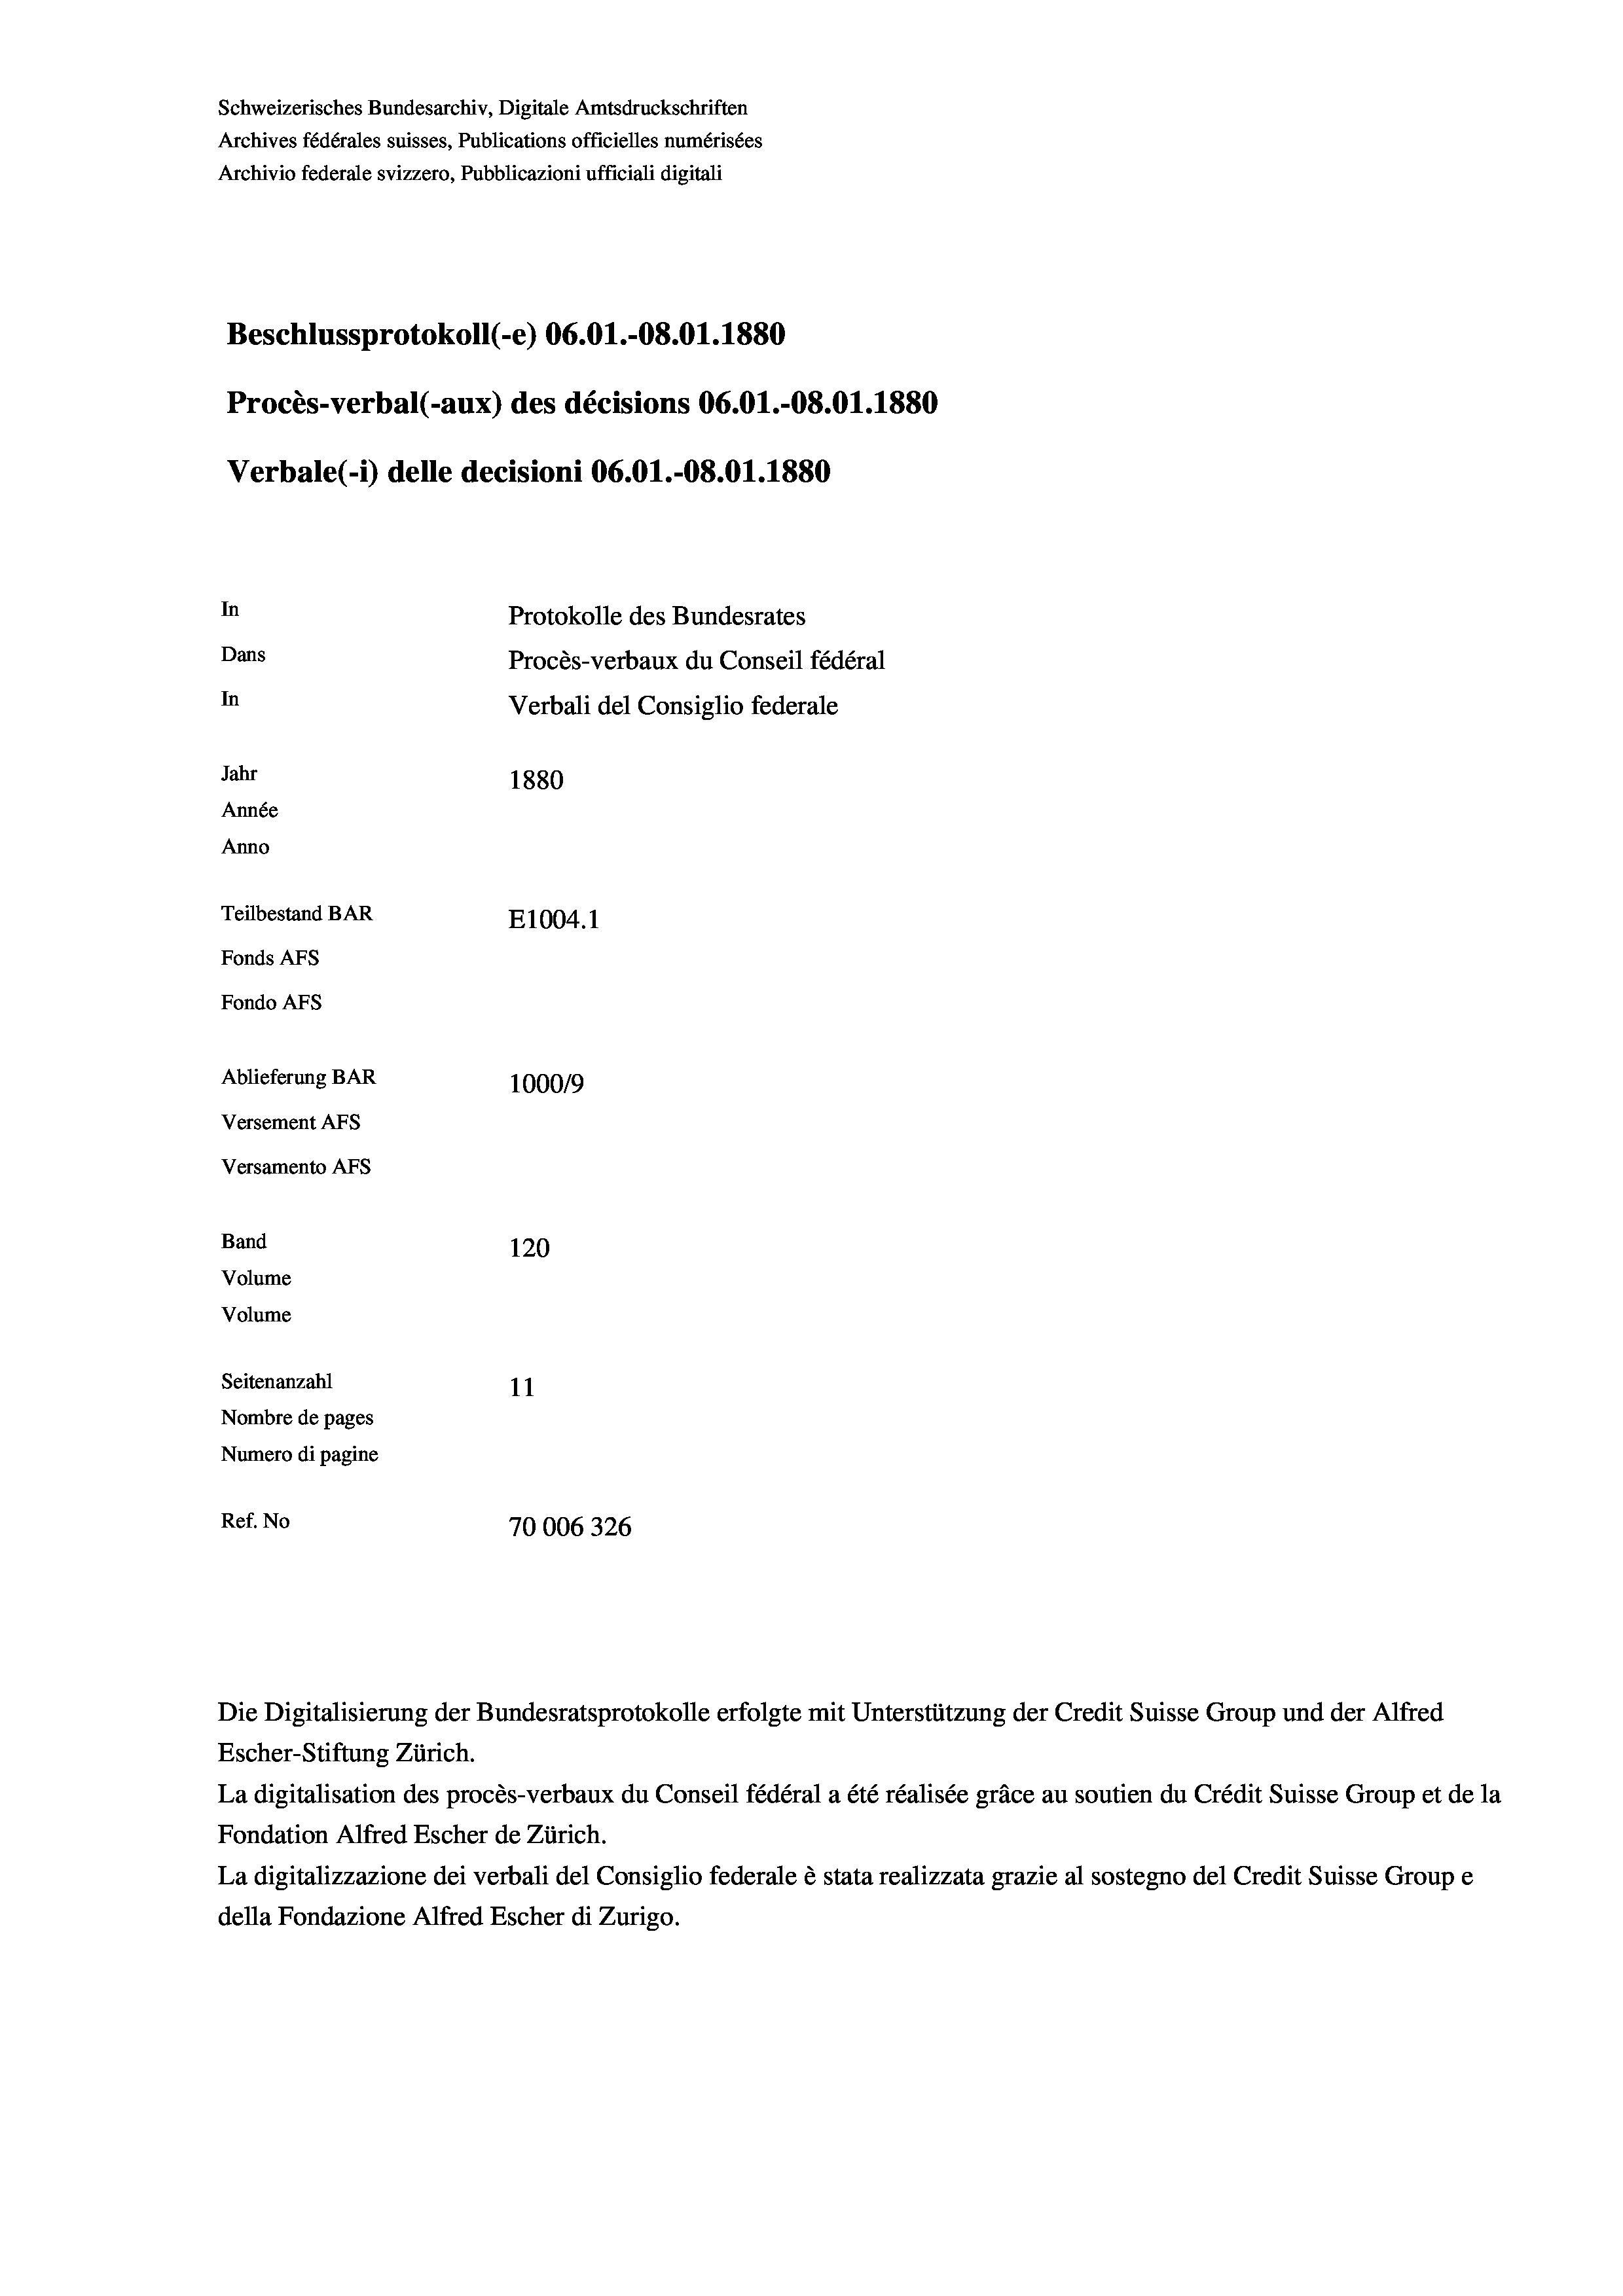
Schweizerisches Bundesarchiv, Digitale Amtsdruckschriften
Beschlussprotokoll (-e) 06.01.-08.01. 1880
Procès-verbal (-aux) des décisions 06.01.-08.01.1880
Verbale (i) delle decisioni 06.01.-08.01. 1880
In
Protokolle des Bundesrates
Dans
Procès-verbaux du Conseil fédéral
In
Verbali del Consiglio federale
Jahr
1880
Année
Anno
Teilbestand BAR
E1004. 1
Fonds AFs
Fondo Afs
Ablieferung BAR
100019
Versement AFs

Versamento Afs

Band
Volume
Volume

120
Seitenanzahl
11
Nombre de pages
Numero di pagine
Ref. No
70006326

Archives fédérales suisses, Publications officielles numérisées
Archivio federale svizzero, Pubblicazioni ufficiali digitali

Die Digitalisierung der Bundesratsprotokolle erfolgte mit Unterstützung der Credit Suisse Group und der Alfred
Escher-Stiftung Zürich.
La digitalisation des procès-verbaux du Conseil fédéral a été réalisée gräce au soutien du Crédit Suisse Group et de la
Fondation Alfred Escher de Zürich.
La digitalizzazione dei verbali del Consiglio federale è stata realizzata grazie al sostegno del Credit Suisse Groupe
della Fondazione Alfred Escher di Zurigo.